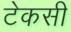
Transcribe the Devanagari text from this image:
टेकसी